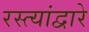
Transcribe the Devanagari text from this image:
रस्त्यांद्वारे